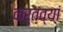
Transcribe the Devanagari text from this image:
कर्तव्यां